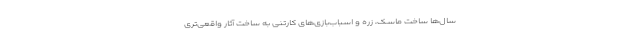
سال‌ها ساخت ماسک، زره و اسباب‌بازی‌های کارتنی به ساخت آثار واقعی‌تری